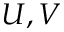
U , V